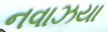
નવાઝયા